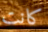
كانت